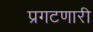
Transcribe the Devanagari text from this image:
प्रगटणारी